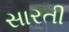
સારતી